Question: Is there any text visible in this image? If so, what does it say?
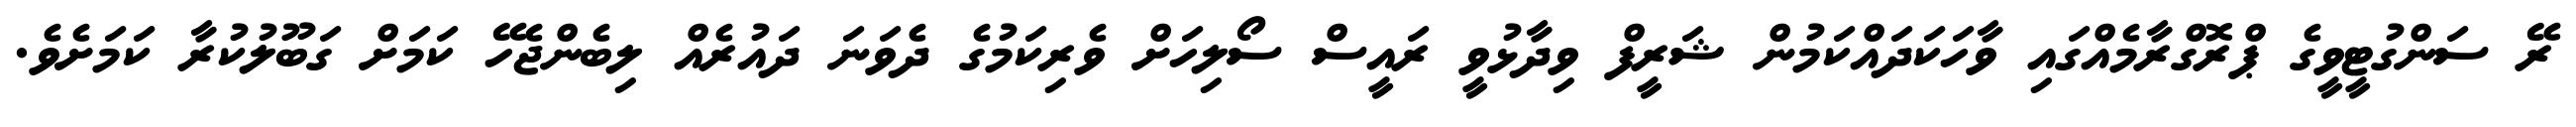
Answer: ރޭ ސަންގުޓީވީގެ ޕްރޮގްރާމެއްގައި ވާހަކަދައްކަމުން ޝަރީފް ވިދާޅުވީ ރައީސް ސޯލިހަށް ވެރިކަމުގެ ދެވަނަ ދައުރެއް ލިބެންޖެހޭ ކަމަށް ގަބޫލުކުރާ ކަމަށެވެ.